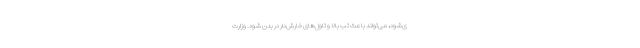
ی‌شود، می‌تواند باعث تب بالا و تاول‌های خارش‌دار در بدن شود. وزارت